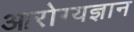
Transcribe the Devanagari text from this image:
आरोग्यज्ञान